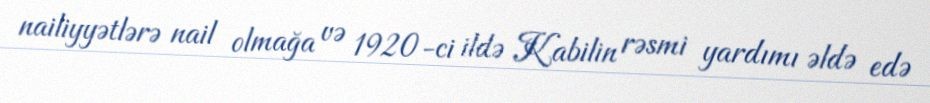
nailiyyətlərə nail olmağa və 1920-ci ildə Kabilin rəsmi yardımı əldə edə